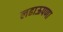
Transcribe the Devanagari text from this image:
लढाऊपणा